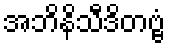
အဘိနိသီဒိတဗ္ဗံ